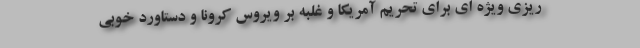
ریزی ویژه ای برای تحریم آمریکا و غلبه بر ویروس کرونا و دستاورد خوبی